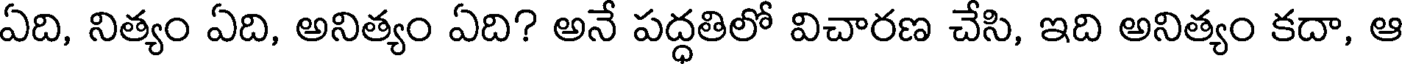
ఏది, నిత్యం ఏది, అనిత్యం ఏది? అనే పద్ధతిలో విచారణ చేసి, ఇది అనిత్యం కదా, ఆ